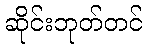
ဆိုင်းဘုတ်တင်